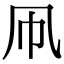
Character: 凧